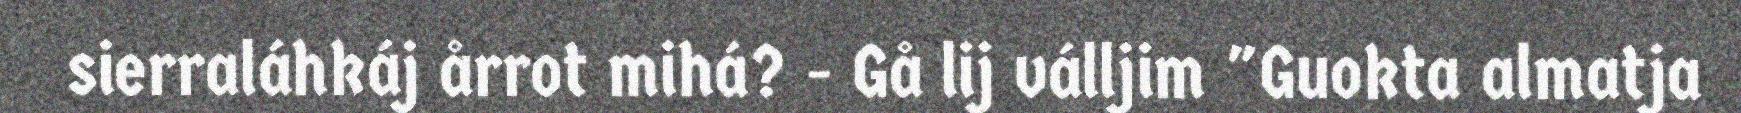
sierraláhkáj årrot mihá? - Gå lij válljim "Guokta almatja